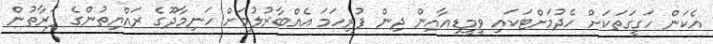
އެކަން ހަގީގަތަކަށް ހެދުމަށްޓަކައި ވީމީޑިއާއިން ދިން ފުރިހަމަ އެއްބާރުލުމަށް ހަނިމާދޫގެ ރައްޔިތުންގެ ފަރާތުން